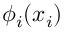
\phi _ { i } ( x _ { i } )